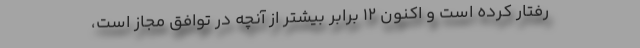
رفتار کرده است و اکنون ۱۲ برابر بیشتر از آنچه در توافق مجاز است،